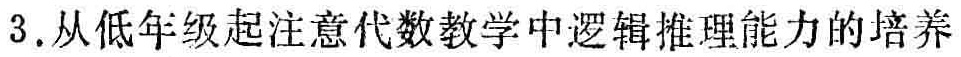
3. 从低年级起注意代数教学中逻辑推理能力的培养